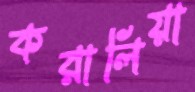
করালিয়া